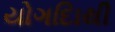
યોગદાિથી